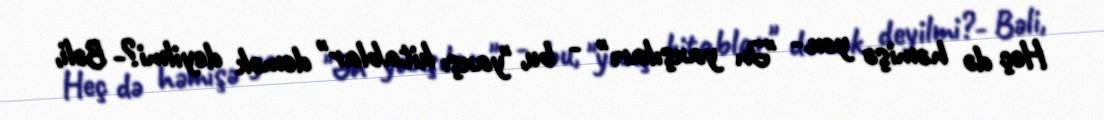
Heç də həmişə yox.- "Ən yaxşıları" - bu, "yaxşı kitablar" demək deyilmi?- Bəli,